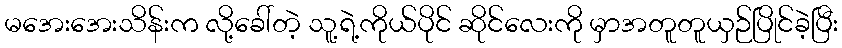
မအေးအေးသိန်းက လို့ခေါ်တဲ့ သူ့ရဲ့ကိုယ်ပိုင် ဆိုင်လေးကို မှာအတူတူယှဉ်ပြိုင်ခဲ့ပြီး